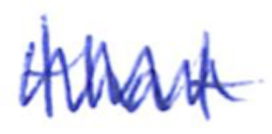
Text: that
Cross-out: zig-zag
Writing tool: ballpoint